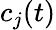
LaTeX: c_{j}(t)